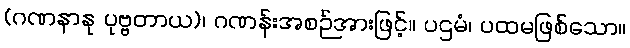
(ဂဏနာနု ပုဗ္ဗတာယ)၊ ဂဏန်းအစဉ်အားဖြင့်။ ပဌမံ၊ ပထမဖြစ်သော။